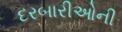
દરબારીઓની